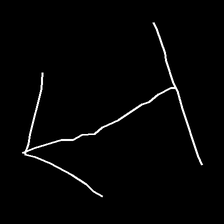
Glyph: levitation